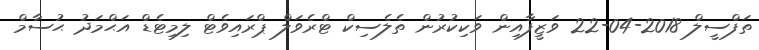
ތަފްސީލް 2018-04-22 ވަޒީފާއިން ވަކިކުރުން ތެލެސިކް ޓްރެވަލް ޕްރައިވެޓް ލިމިޓެޑް އަޙްމަދު ޙުސާމް